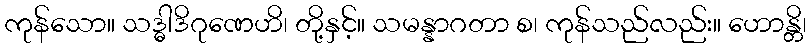
ကုန်သော။ သဒ္ဓါဒိဂုဏေဟိ၊ တို့နှင့်။ သမန္နာဂတာ စ၊ ကုန်သည်လည်း။ ဟောန္တိ၊